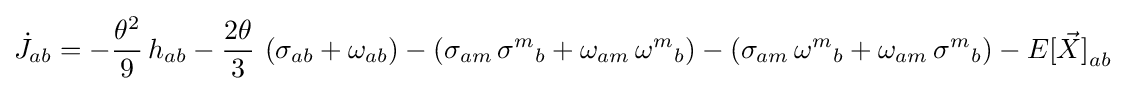
{\dot {J}}_{ab}=-{\frac {\theta ^{2}}{9}}\,h_{ab}-{\frac {2\theta }{3}}\,\left(\sigma _{ab}+\omega _{ab}\right)-\left(\sigma _{am}\,{\sigma ^{m}}_{b}+\omega _{am}\,{\omega ^{m}}_{b}\right)-\left(\sigma _{am}\,{\omega ^{m}}_{b}+\omega _{am}\,{\sigma ^{m}}_{b}\right)-{E[{\vec {X}}]}_{ab}